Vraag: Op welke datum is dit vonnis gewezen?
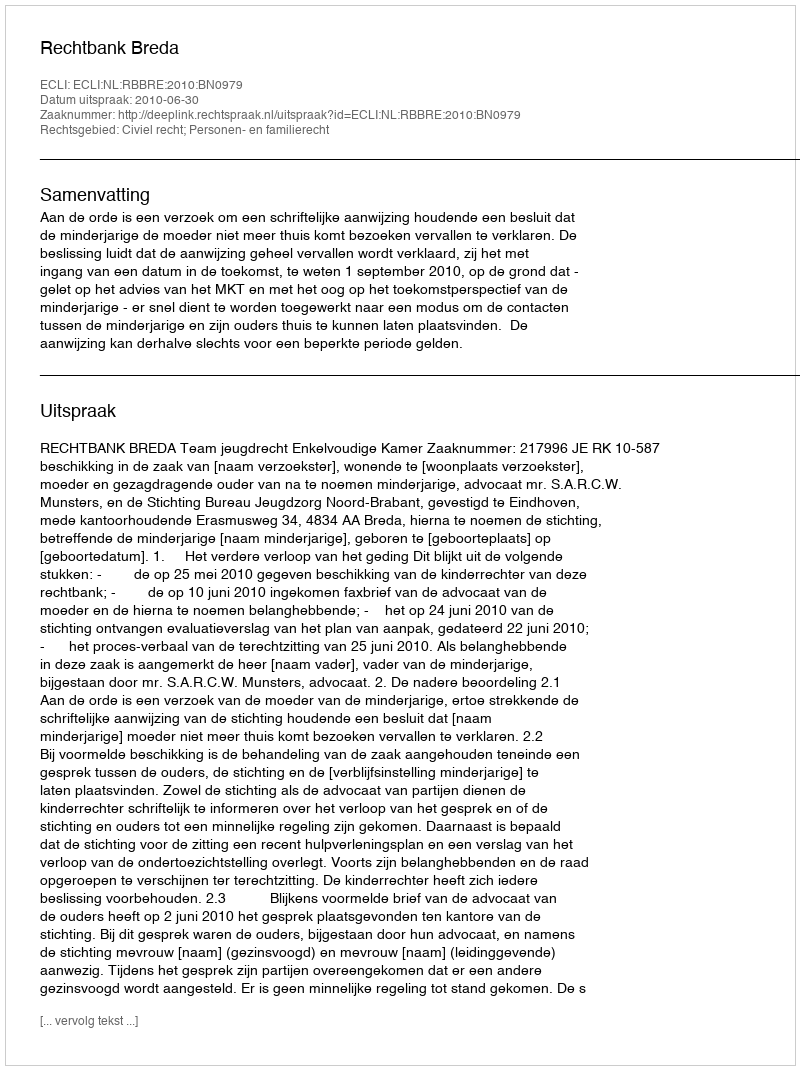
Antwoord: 2010-06-30